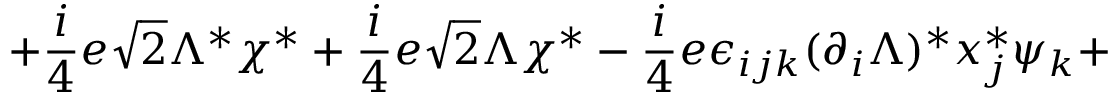
+ \frac { i } { 4 } e \sqrt { 2 } \Lambda ^ { \ast } \chi ^ { \ast } + \frac { i } { 4 } e \sqrt { 2 } \Lambda \chi ^ { \ast } - \frac { i } { 4 } e \epsilon _ { i j k } ( \partial _ { i } \Lambda ) ^ { \ast } x _ { j } ^ { \ast } \psi _ { k } +